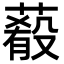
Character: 𦺔